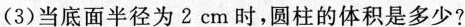
(3)当底面半径为2 cm时，圆柱的体积是多少?